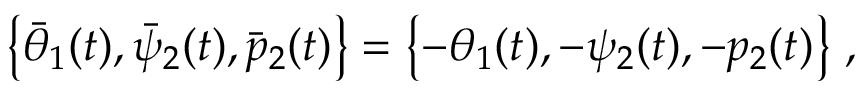
\left\{ \bar { \theta } _ { 1 } ( t ) , \bar { \psi } _ { 2 } ( t ) , \bar { p } _ { 2 } ( t ) \right\} = \left\{ - \theta _ { 1 } ( t ) , - \psi _ { 2 } ( t ) , - p _ { 2 } ( t ) \right\} \, ,